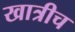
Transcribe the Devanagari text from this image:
खात्रीच